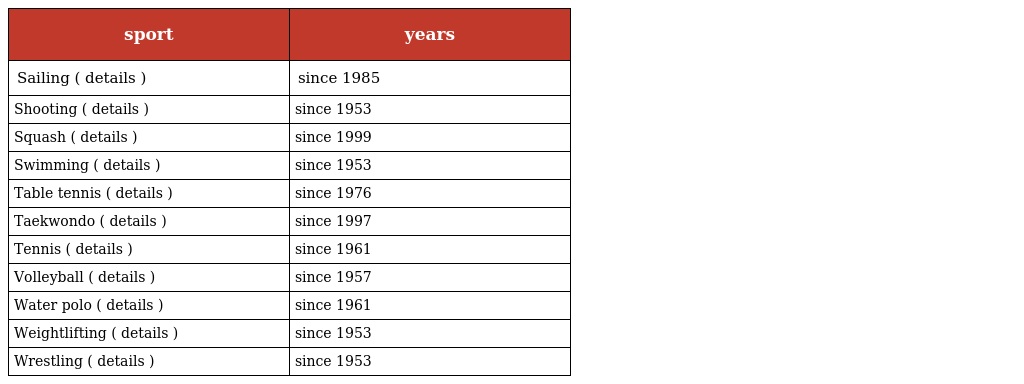
| sport | years |
 | --- | --- |
 | Sailing ( details ) | since 1985 |
 | Shooting ( details ) | since 1953 |
 | Squash ( details ) | since 1999 |
 | Swimming ( details ) | since 1953 |
 | Table tennis ( details ) | since 1976 |
 | Taekwondo ( details ) | since 1997 |
 | Tennis ( details ) | since 1961 |
 | Volleyball ( details ) | since 1957 |
 | Water polo ( details ) | since 1961 |
 | Weightlifting ( details ) | since 1953 |
 | Wrestling ( details ) | since 1953 |